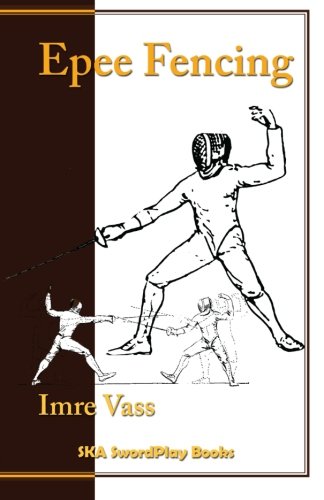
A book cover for Epee Fencing: A Complete System; Imre Vass; Sports & Outdoors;